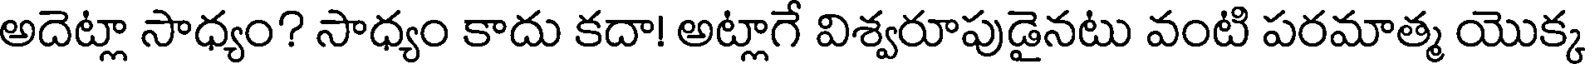
అదెట్లా సాధ్యం? సాధ్యం కాదు కదా! అట్లాగే విశ్వరూపుడైనటు వంటి పరమాత్మ యొక్క